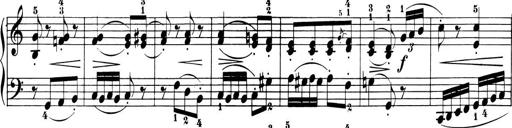
Title: 6 Piano Sonatinas
Composer: Cornelius Gurlitt